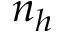
n _ { h }